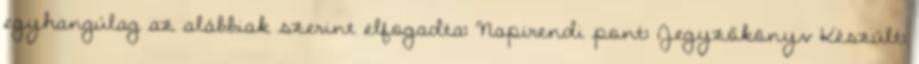
egyhangúlag az alábbiak szerint elfogadta: Napirendi pont: Jegyzőkönyv Készült: